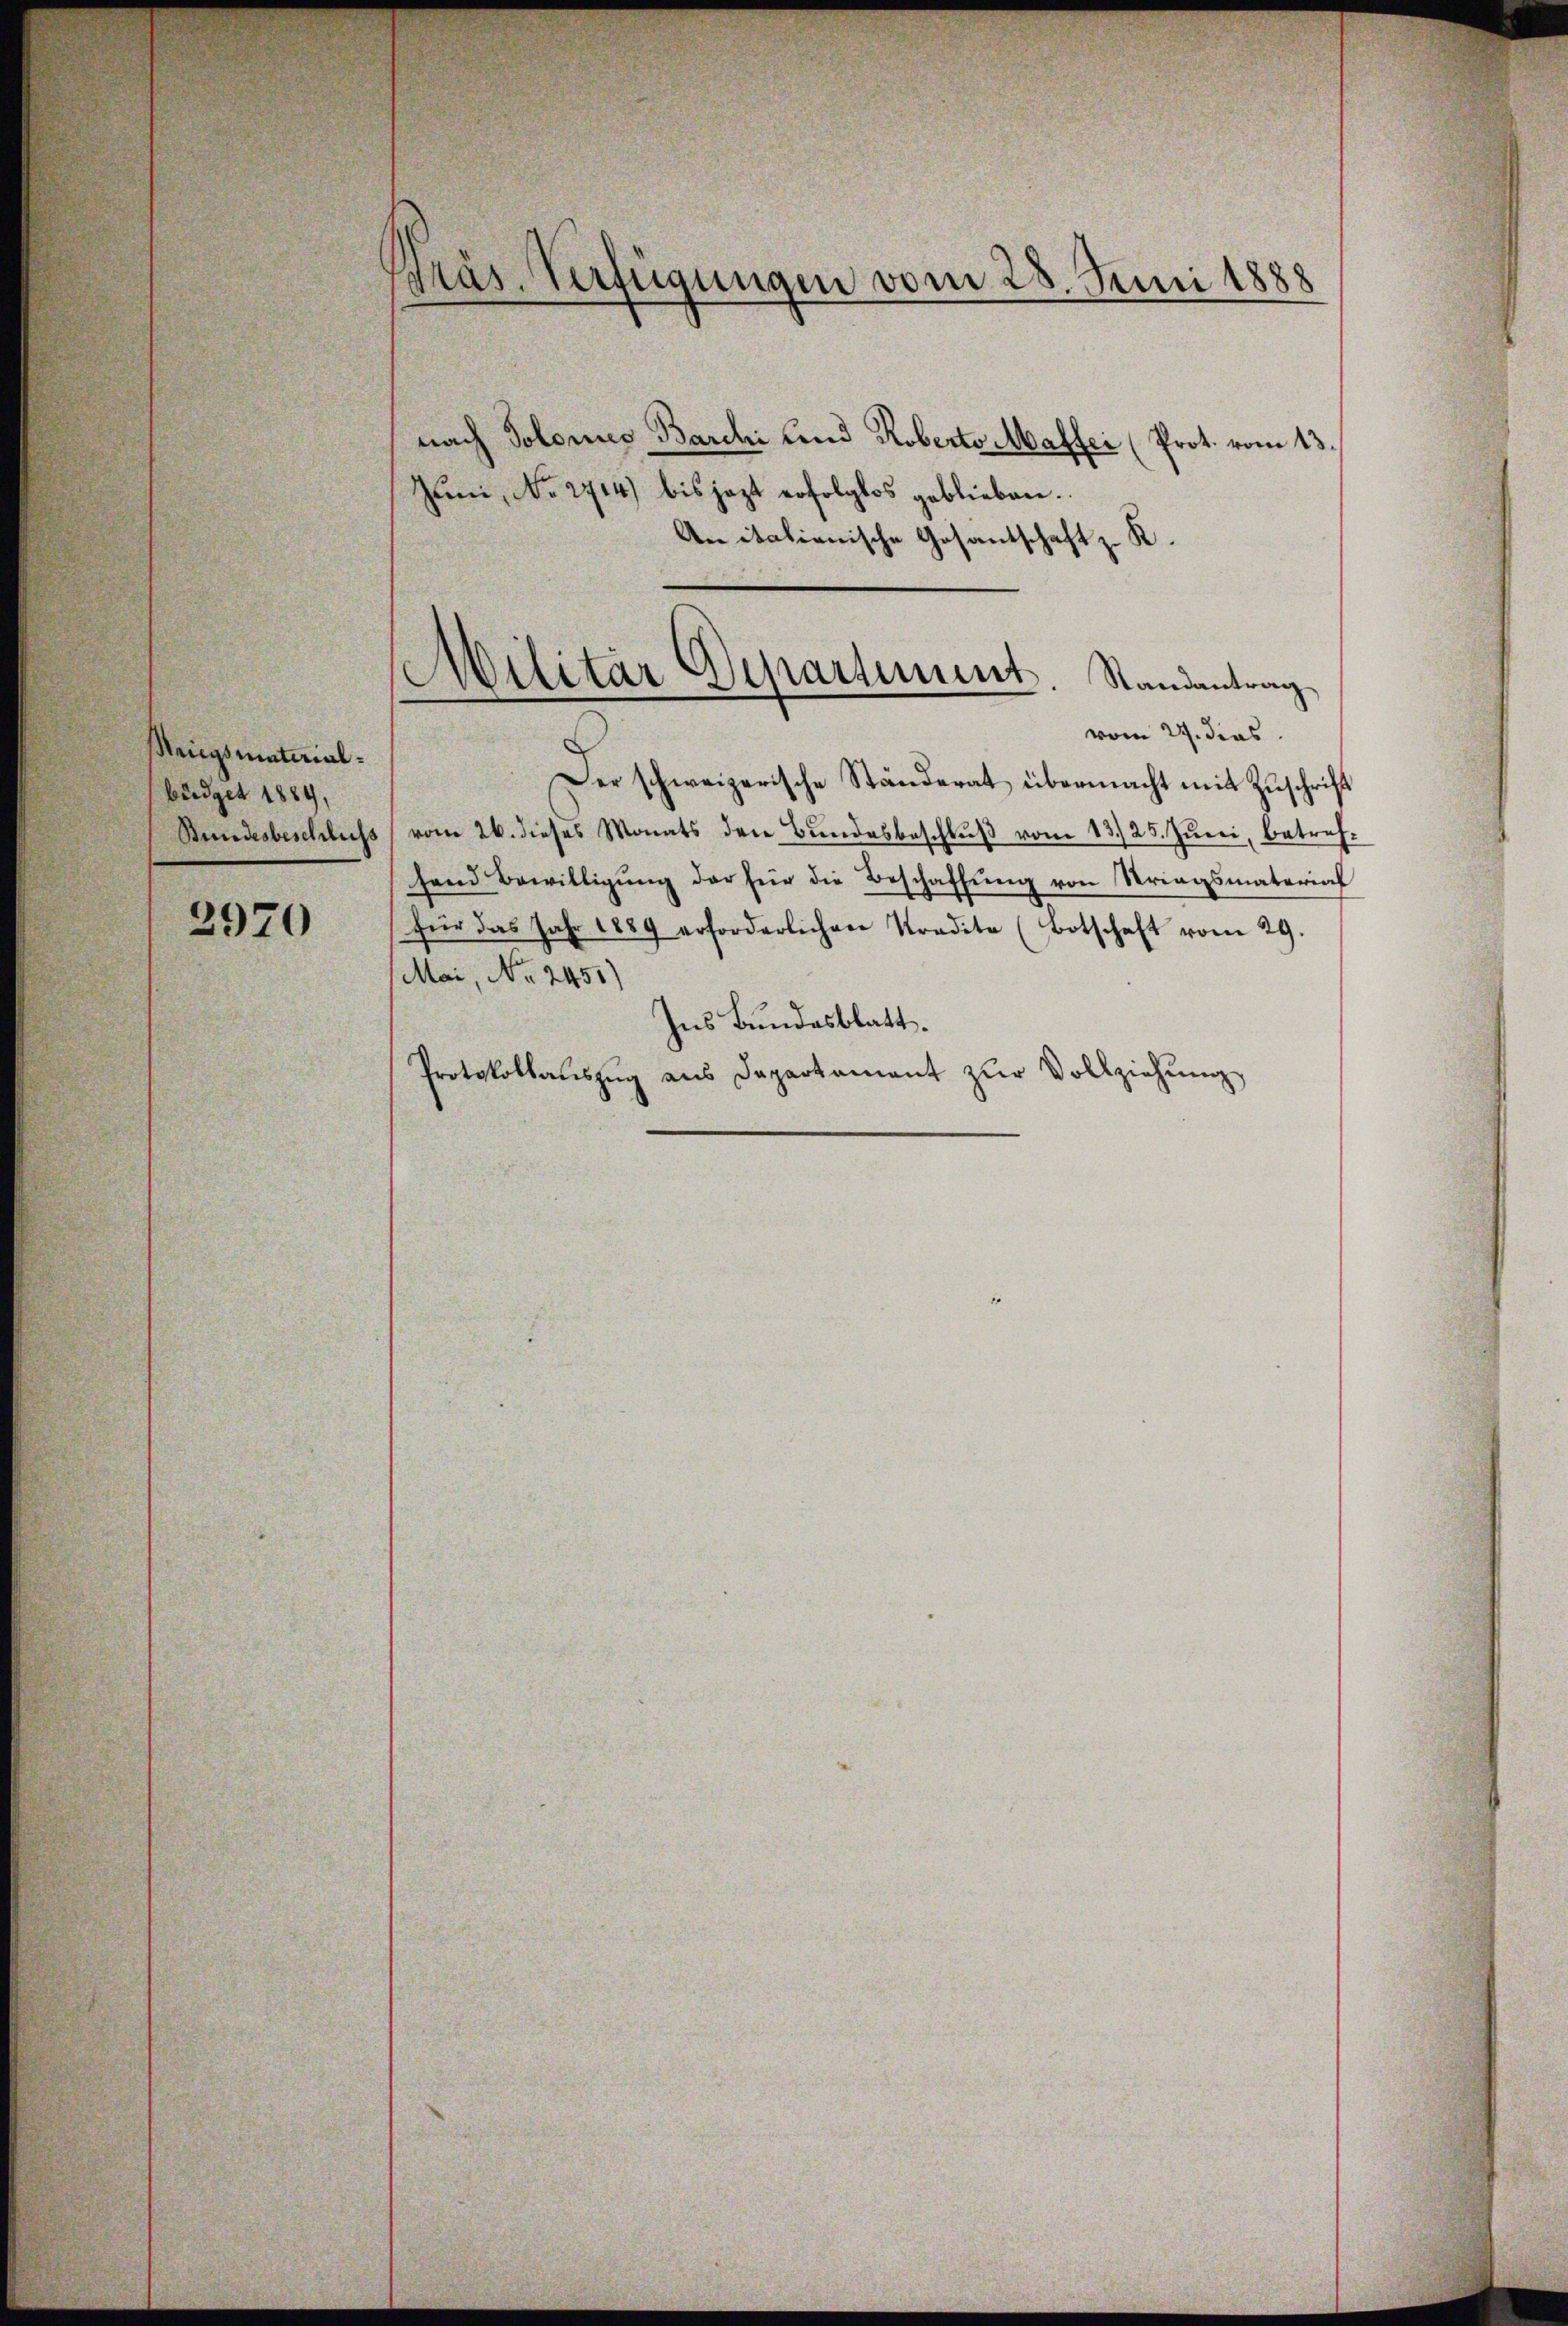
Kriegsmaterialbüdget 1889,
Bundesbeschluss
2970

Präs. Verfügungen vom 28. Juni 1888

nach Solones Barchi und Roberto Mafter (Prot. vom 13.
Juni, No 2714) bis jezt erfolglos geblieben.
Anitationische Gesantschaft z. R.

Wilitär Departement. Randantrag

vom 27. dies
Der schweizerische Ständerat übermacht mit Zuschrift
vom 26. dieses Monats den Bŭndesbeschlŭβ vom 13. 25. Jŭni, betref-
fend Bewilligung der für die Beschaffung von Stringsmaterial
für das Jahr 1889 erforderlichen Tradita (Botschaft vom 29.
Mai, No 2451)
Ins Bundesblatt.
Protokollaŭszŭg aŭs Departament zŭr Vollziehŭng